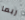
ربما